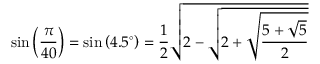
\sin \left( { \frac { \pi } { 4 0 } } \right) = \sin \left( 4 . 5 ^ { \circ } \right) = { \frac { 1 } { 2 } } { \sqrt { 2 - { \sqrt { 2 + { \sqrt { \frac { 5 + { \sqrt { 5 } } } { 2 } } } } } } }